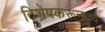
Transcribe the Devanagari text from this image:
विशेषकरूनद्रव